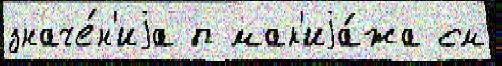
значе́н'иjа п мак'иjа́жа см